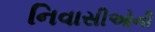
નિવાસીઓની